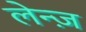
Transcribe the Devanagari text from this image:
लेन्ज़